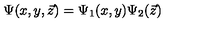
\Psi ( x , y , \vec { z } ) = \Psi _ { 1 } ( x , y ) \Psi _ { 2 } ( \vec { z } )